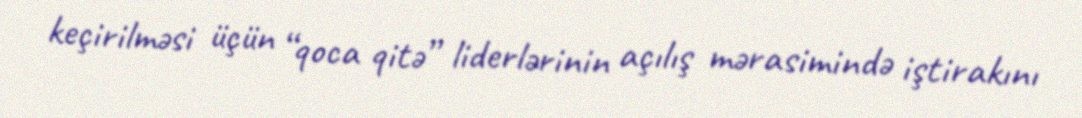
keçirilməsi üçün “qoca qitə” liderlərinin açılış mərasimində iştirakını